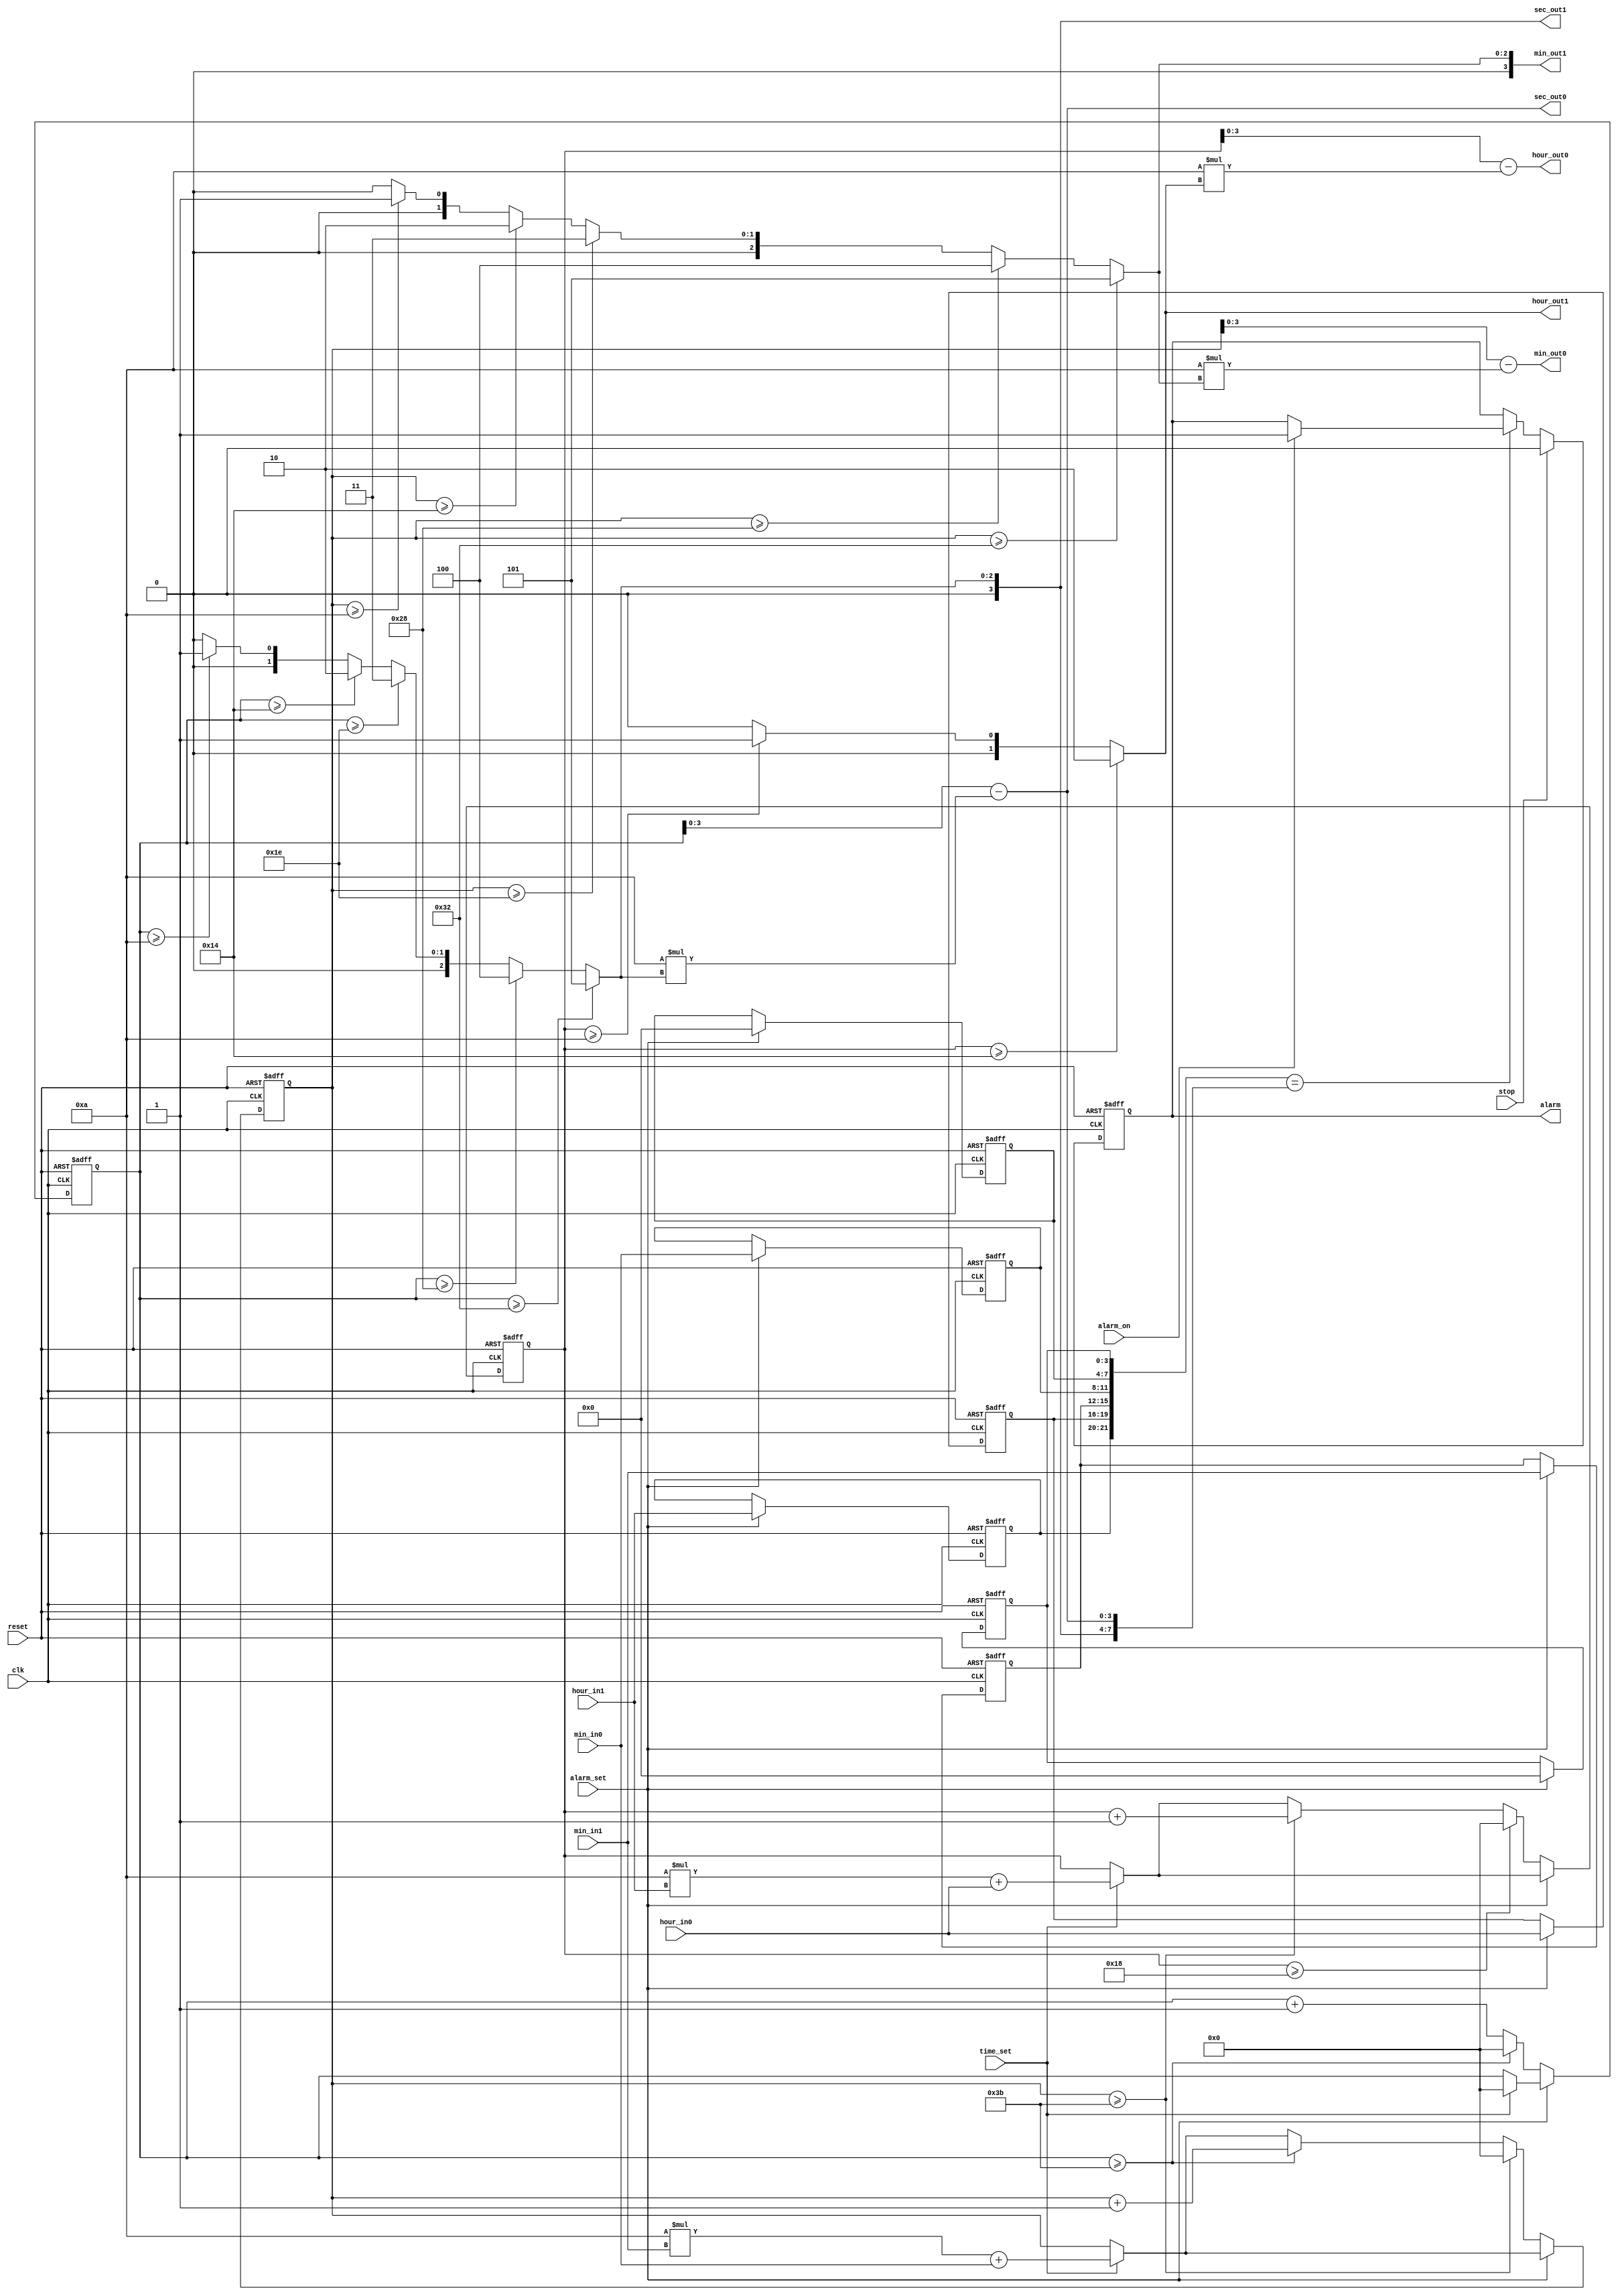
module Alarm(input reset, input clk, input [1:0] hour_in1, input [3:0] hour_in0, input [3:0] min_in1, input [3:0] min_in0, input time_set, input alarm_set, input alarm_on, input stop, output reg alarm, output [1:0] hour_out1, output [3:0] hour_out0, output [3:0] min_out1, output [3:0] min_out0, output [3:0] sec_out1, output [3:0] sec_out0);

reg [5:0] temp_hour, temp_min, temp_sec;
reg [1:0] clock_hr1, alarm_hr1;
reg [3:0] clock_hr0, alarm_hr0;
reg [3:0] clock_min1, alarm_min1;
reg [3:0] clock_min0, alarm_min0;
reg [3:0] clock_sec1, alarm_sec1;
reg [3:0] clock_sec0, alarm_sec0;
  
function [3:0] modulo;
input [5:0] number;
begin
if(number >= 50)
  modulo = 5;
else if(number >= 40)
  modulo = 4;
else if(number >= 30)
  modulo = 3;
else if(number >= 20)
  modulo = 2;
else if(number >= 10)
  modulo = 1;
else
  modulo = 0;
end
endfunction
  
always @ (posedge clk or posedge reset)
begin
if(reset) begin
  alarm_hr1 <= 2'b00;
  alarm_hr0 <= 4'b0000;
  alarm_min1 <= 4'b0000;
  alarm_min0 <= 4'b0000;
  alarm_sec1 <= 4'b0000;
  alarm_sec0 <= 4'b0000;
    
  temp_hour <= 0;
  temp_min <= 0;
  temp_sec <= 0;
  end
else begin
  if(time_set) begin
      temp_hour <= 10*hour_in1 + hour_in0;
      temp_min <= 10*min_in1 + min_in0;
      temp_sec <= 0;
    end
    if(alarm_set)
      begin
        alarm_hr1 <= hour_in1;
        alarm_hr0 <= hour_in0;
        alarm_min1 <= min_in1;
        alarm_min0 <= min_in0;
        alarm_sec1 <= 4'b0000;
        alarm_sec0 <= 4'b0000;
      end
    else
      begin
        temp_sec <= temp_sec + 1;
        if(temp_sec >= 59)
          begin
            temp_min <= temp_min + 1;
            temp_sec <= 0;
          end
        if(temp_min >= 59)
          begin
            temp_hour <= temp_hour + 1;
            temp_min <= 0;
          end
        if(temp_hour >= 24)
          begin
            temp_hour <= 0;
          end
      end
  end
end
  
always @ (*)
  begin
    if(temp_hour >= 20)
      begin
        clock_hr1 = 2;
      end
	else begin
		if(temp_hour >= 10)
			clock_hr1 = 1;
		else
      clock_hr1 = 0;
  end
  
  clock_hr0 = temp_hour - 10*clock_hr1;
  clock_min1 = modulo(temp_min);
  clock_min0 = temp_min - 10*clock_min1;
  clock_sec1 = modulo(temp_sec);
  clock_sec0 = temp_sec - 10*clock_sec1;
  
end
  
assign hour_out1 = clock_hr1;
assign hour_out0 = clock_hr0;
assign min_out1 = clock_min1;
assign min_out0 = clock_min0;
assign sec_out1 = clock_sec1;
assign sec_out0 = clock_sec0;
  
always @ (posedge clk or posedge reset)
  begin
    if(reset)
      alarm <= 0;
    else
      begin
        if({alarm_hr1, alarm_hr0, alarm_min1, alarm_min0, alarm_sec1, alarm_sec0} == {clock_hr1, clock_hr0, clock_min1, clock_min0, clock_sec1, clock_sec0})
          begin
            if(alarm_on)
              alarm <= 1;
          end
        if(stop)
          alarm <= 0;
      end
  end

endmodule